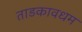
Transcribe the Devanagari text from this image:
ताडकावधम